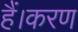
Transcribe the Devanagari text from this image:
हैं।करण